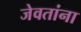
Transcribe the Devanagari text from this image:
जेवतांना